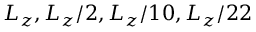
L _ { z } , L _ { z } / 2 , L _ { z } / 1 0 , L _ { z } / 2 2